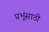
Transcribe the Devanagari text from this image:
प्रभूंसाठी